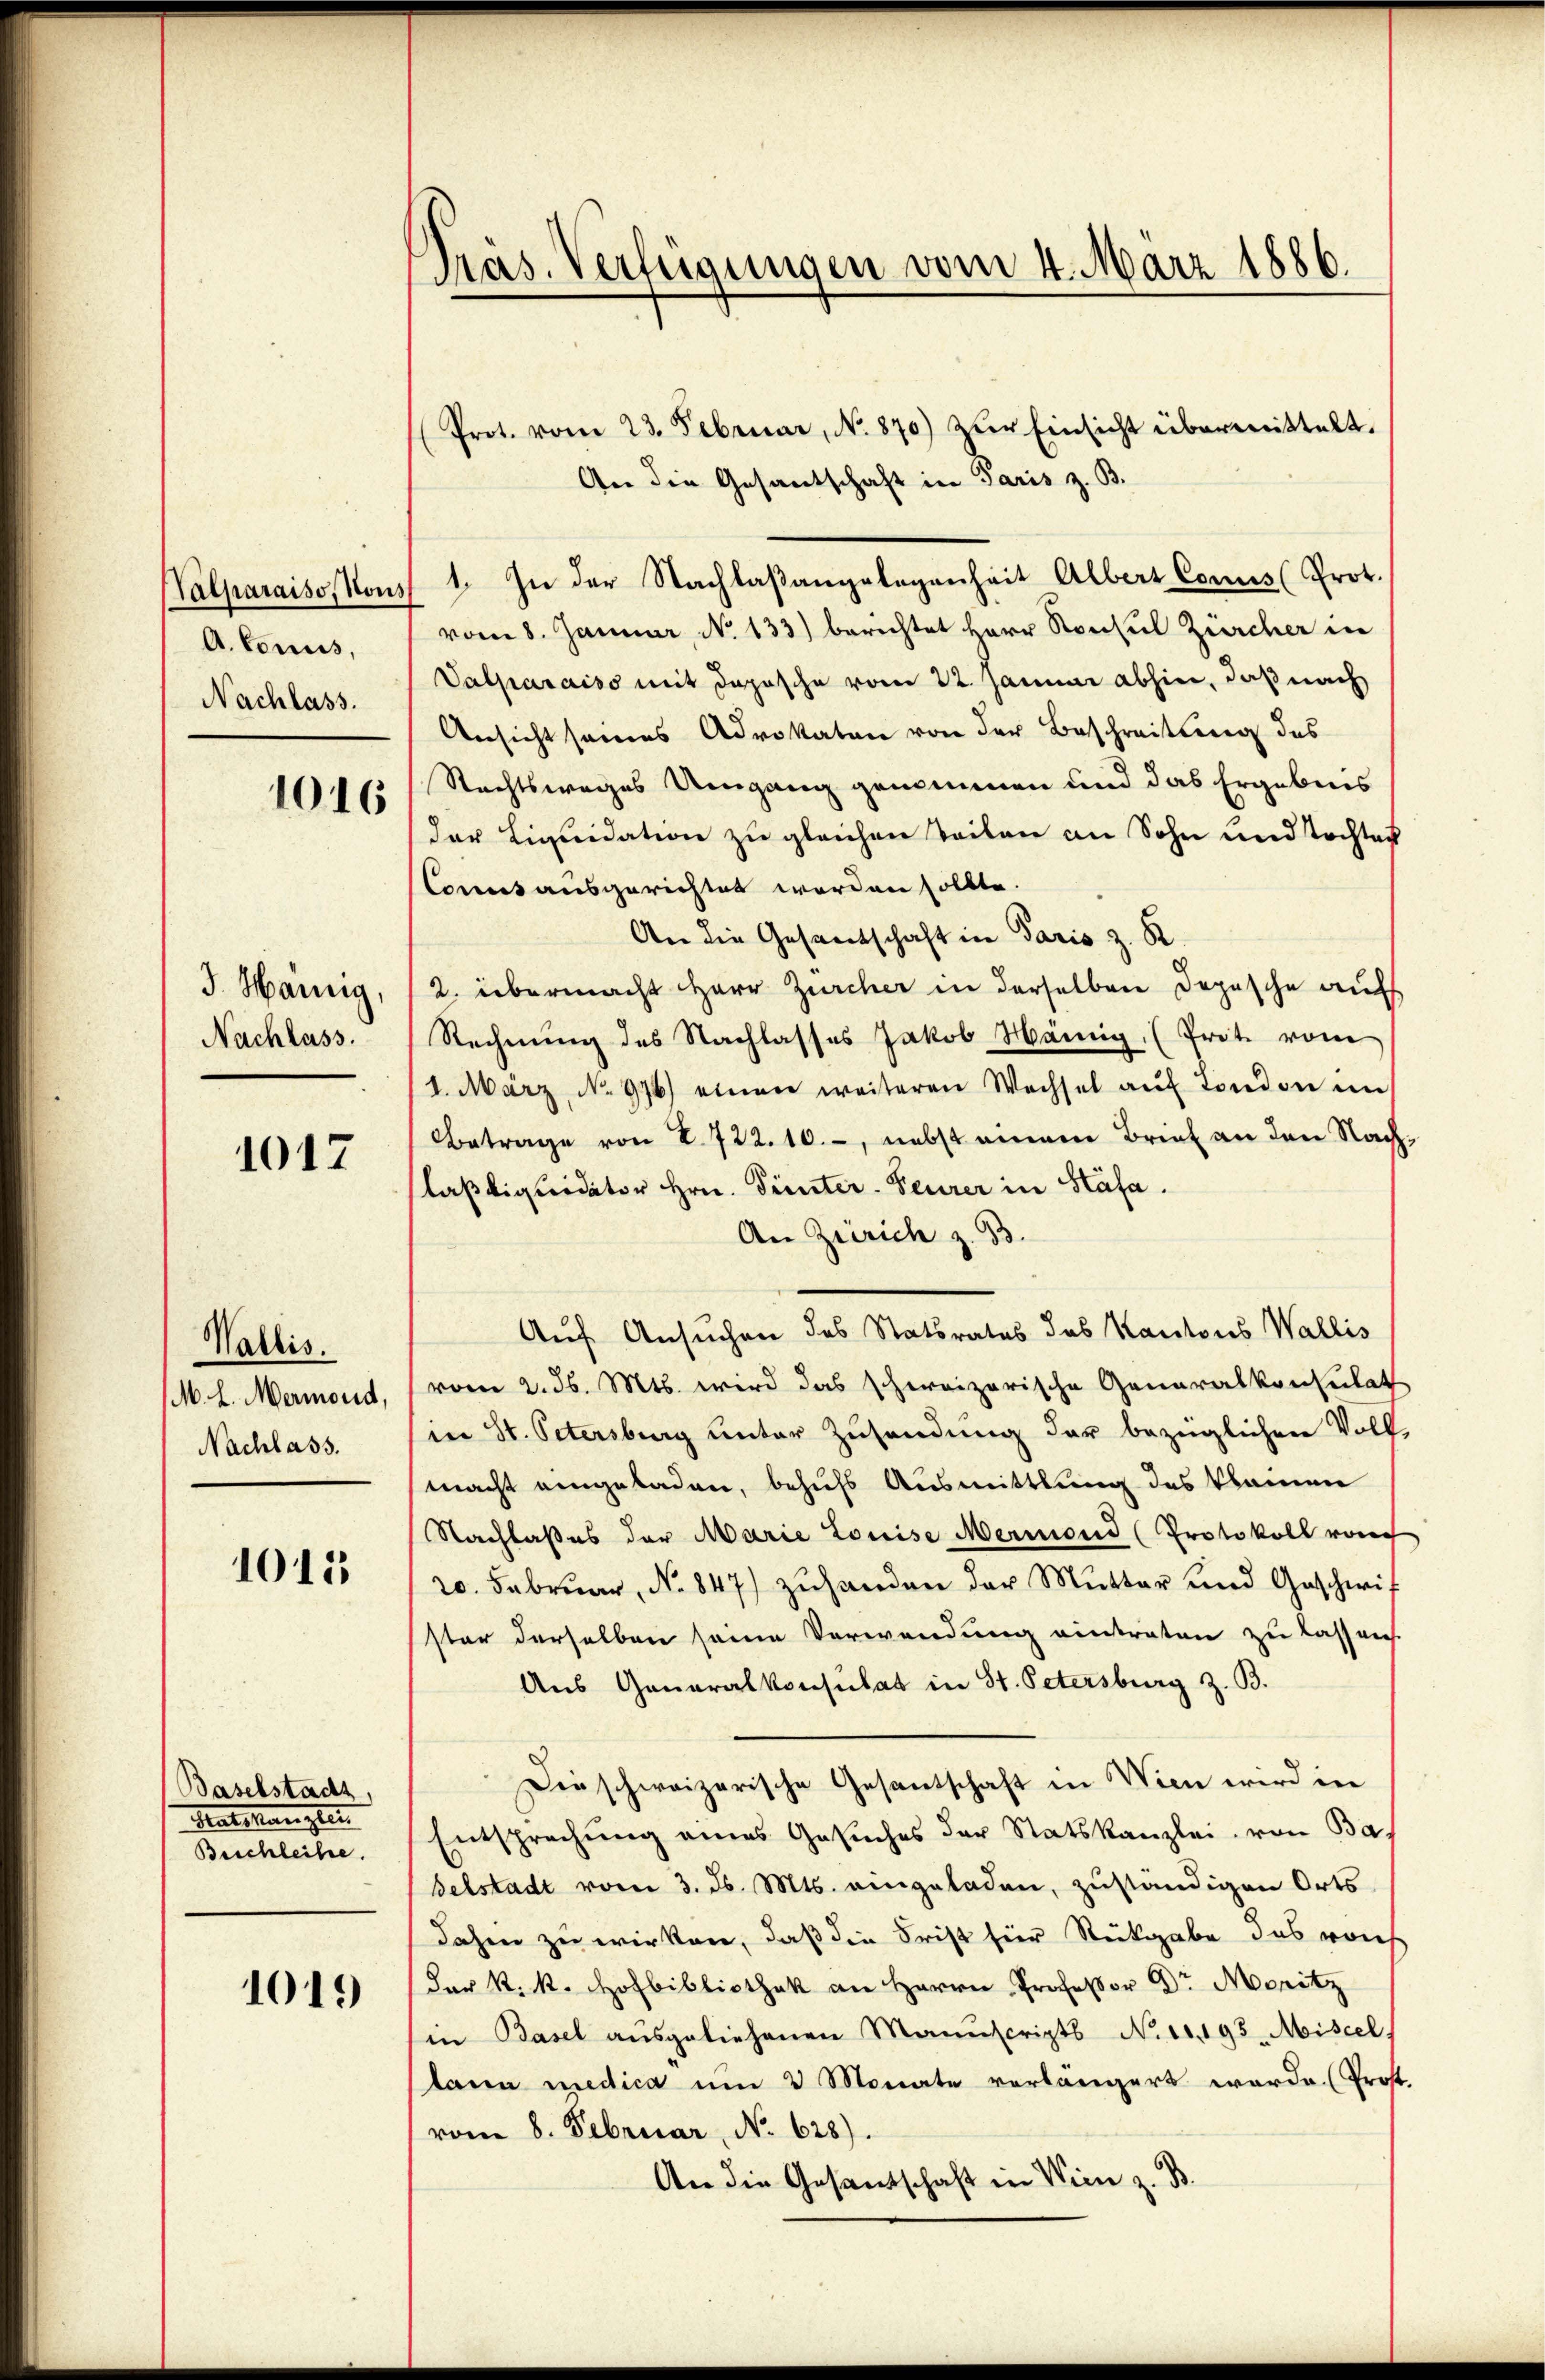
Valparaiso, Hous
A. Consis,
Nachlass.

1016

J. Harnig,
Nachlass.

1017

Wallis.
M. L. Mermond,
Nachlass.

1015

Baselstadt,
Tatsansten
Beschleihe.

1019

Präs. Verfügungen vom 4. März 1886.

Prot. vom 23. Februar, No. 870) zŭr Einsicht übermittelt.
An die Gesantschaft in Paris z. B.
1. In der Nachlaßangelegenheit Albert Conus (Prot.
vom 8. Januar No 133) berichtet Herr Konsul Zürcher in
Valparaiso mit Daposche vom 22. Januar abhin, daß nach
Ansicht seines Advokaten von der Beschreitung des
Rechtsweges Umgang genommen und das Ergebnis
der Liquidation zu gleichen Teilen an Sohn und Tochtag
Comers ausgerichtet worden sollte.
An die Gesandschaft in Paris z. B.
2. übermacht Herr Zürcher in derselben Depesche auf
Rechnung des Nachlasses Jakob Hämig, (Prot vom
1. März, No 976 einen weiteren Wechsel aŭf London in
Betrage von 2. 722.10.-, nebst einem Brief an den Nachlasliquidator Hrn. Trinter-Feurer in Stäfa.
An Zürich z. B.
Auf Ansuchen des Statsrates des Kantons Wallis
(vom 2. d. Mts. wird das schweizerische Generalkonsulat
in St. Petersburg unter Zusendung der bezüglichen Voll-
macht eingeladen, behufs Ausmittlung des klainen
Nachlaßes der Marie Louise Mermond (Protokoll von
20. Februar, No 847) zŭhanden der Mŭtter und Geschwif
ster derselben seine Verwendung eintraten zu lassen.
Aus Generalkonsulat in St. Petersburg z. B.
Die schweizerische Gesantschaft in Wien wird in
Entsprechŭng eines Gesŭches der Statskanzlei von Ba-
selstadt vom 3. d. Mts. eingeladen, zuständigen Orts
dahin zu wirken, daß die Frist hier Rückgabe das weich
der k. k. Hofbibliothek an Herrn Professor Dr. Moritz
(in Basel aŭsgeliehenen Manuscripts N. 10.193. Miscel
lana medica um 3 Monate vorlängert werde. (Prost.
vom 8. Februar, No. 628).
An die Gesandschaft in Wien z. B.